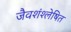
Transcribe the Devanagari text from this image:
जैवशंश्लेषित